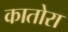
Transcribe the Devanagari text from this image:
कातोरा